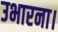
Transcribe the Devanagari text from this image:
उभारना।